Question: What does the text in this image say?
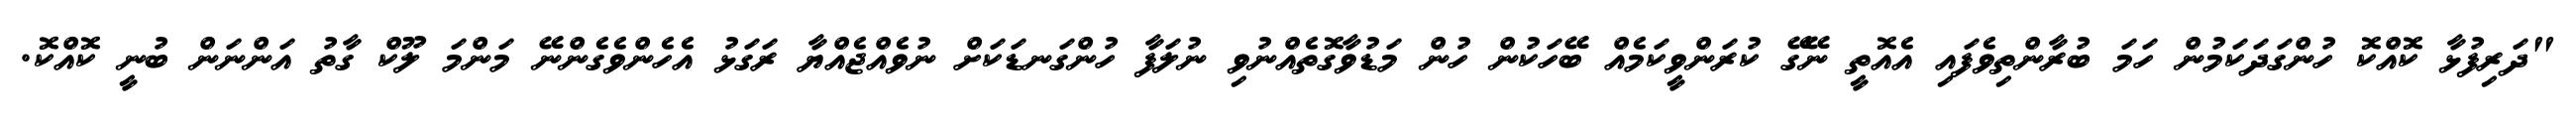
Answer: "ދަރިފުޅާ ކޮއްކޮ ހުންގަދަކަމުން ހަމަ ބުރާންތިވެފައި އެއޮތީ ނޭގޭ ކުރަންވީކަމެއް ބޭހަކުން ހުން މަޑުވާގޮތެއްނުވި ނުލަފާ ހުންގަނޑަކަށް ނުވެއްޖެއްޔާ ރަގަޅު އެހެންވެގެންނޭ މަންމަ ލޫކް ގާތު އަންނަން ބުނީ ކޮއްކޮ.